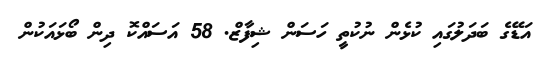
އަޑޭގެ ބަދަލުގައި ކުޅެން ނުކުތީ ހަސަން ޝިފާޒް. 58 އަސައްކޮ ދިން ބޯޅައަކުން